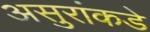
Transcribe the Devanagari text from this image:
असुरांकडे